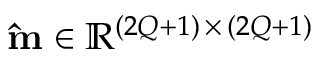
\mathbf { \hat { m } } \in \mathbb { R } ^ { ( 2 Q + 1 ) \, \times \, ( 2 Q + 1 ) }